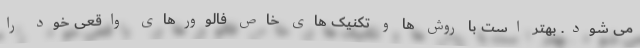
می شود. بهتر است با روش ها و تکنیک های خاص فالوورهای واقعی خود را